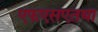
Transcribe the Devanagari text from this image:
एफएसएतथा